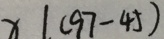
x \vert ( 9 7 - 4 5 )